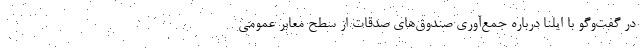
در گفت‌وگو با ایلنا درباره جمع‌آوری صندوق‌های صدقات از سطح معابر عمومی